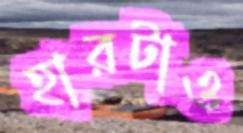
হারটাও